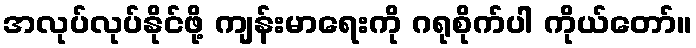
အလုပ်လုပ်နိုင်ဖို့ ကျန်းမာရေးကို ဂရုစိုက်ပါ ကိုယ်တော်။